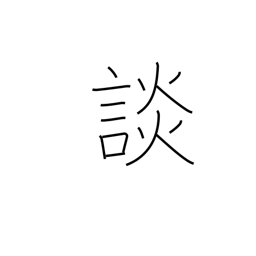
Meaning: discuss